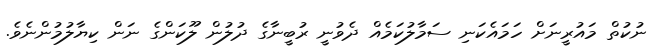
ނުކުތް މައުރީނަށް ހަމައެކަނި ސަމާލުކަމެއް ދެވުނީ ރުބީނާގެ ދުލުން ލޫކަންގެ ނަން ކިޔާލުމުންނެވެ.